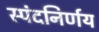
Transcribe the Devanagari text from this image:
स्पंदनिर्णय